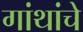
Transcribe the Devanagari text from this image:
गांथांचे